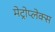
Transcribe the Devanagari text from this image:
मेट्रोप्लेक्स